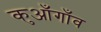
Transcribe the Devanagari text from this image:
कुआँगाँव